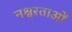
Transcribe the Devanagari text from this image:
नश्वरताओं